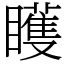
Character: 矆